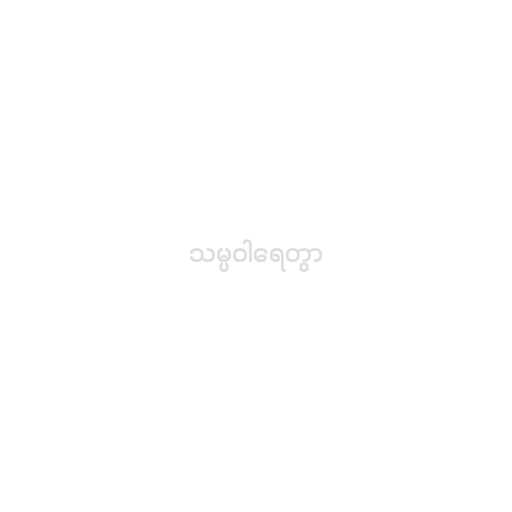
သမ္ပဝါရေတွာ